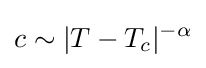
c\sim |T-T_{c}|^{-\alpha }